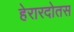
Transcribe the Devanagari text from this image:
हेरारदोतस